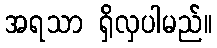
အရသာ ရှိလှပါမည်။